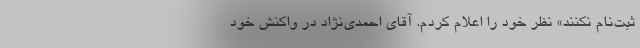
ثبت‌نام نکنند» نظر خود را اعلام کردم. آقای احمدی‌نژاد در واکنش خود